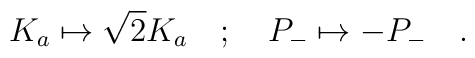
K_a\mapsto \sqrt{2}K_a\quad ;\quad P_{-}\mapsto -P_{-}\quad.